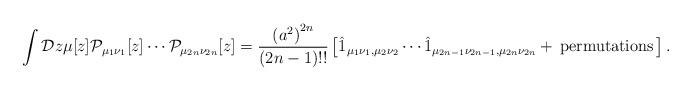
\begin{align*}\int {\cal D}z\mu[z]{\cal P}_{\mu_1\nu_1}[z]\cdots {\cal P}_{\mu_{2n}\nu_{2n}}[z]=\frac{\left(a^2\right)^{2n}}{(2n-1)!!}\left[\hat 1_{\mu_1\nu_1, \mu_2\nu_2}\cdots \hat 1_{\mu_{2n-1}\nu_{2n-1},\mu_{2n}\nu_{2n}}+{\,} {\rm permutations}{\,}\right].\end{align*}